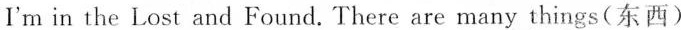
I'm in the Lost and Found.There are many things(东西)